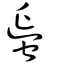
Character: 蜑